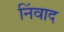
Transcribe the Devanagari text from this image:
निंवाद